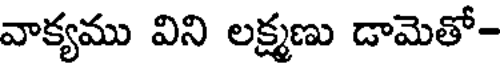
వాక్యము విని లక్ష్మణు డామెతో-